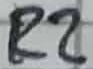
Text: R2